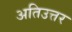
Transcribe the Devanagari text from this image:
अतिउत्तर